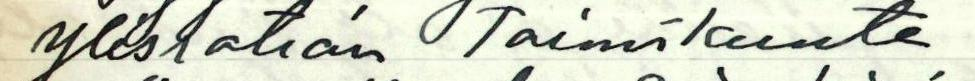
Yleisration Toimikunta